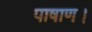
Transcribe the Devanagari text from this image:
पाषाण।